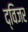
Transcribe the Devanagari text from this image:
द्विजर